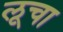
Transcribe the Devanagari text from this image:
लूचा